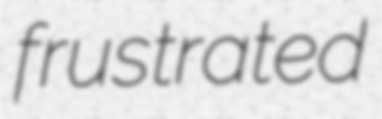
frustrated